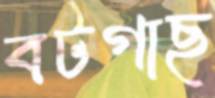
বটগাছ